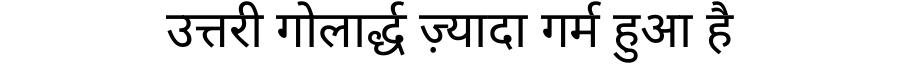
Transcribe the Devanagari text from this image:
उत्तरी गोलार्द्ध ज़्यादा गर्म हुआ है